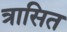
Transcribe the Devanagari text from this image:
त्रासित